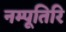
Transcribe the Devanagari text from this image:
नम्पूतिरि